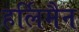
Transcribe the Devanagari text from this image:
हर्लिमैन